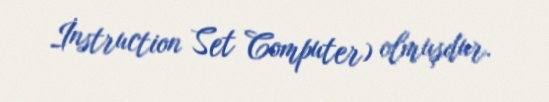
İnstruction Set Computer) olmuşdur.